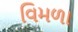
વિમળા